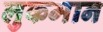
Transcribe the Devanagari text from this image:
लुकमान